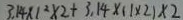
3 . 1 4 \times 1 ^ { 2 } \times 2 + 3 . 1 4 \times ( 1 \times 2 ) \times 2